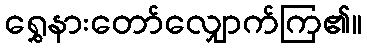
ရွှေနားတော်လျှောက်ကြ၏။